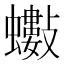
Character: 𧔅